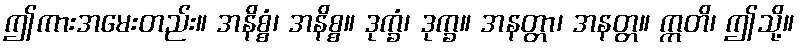
ဤကားအမေးတည်း။ အနိစ္စံ၊ အနိစ္စ။ ဒုက္ခံ၊ ဒုက္ခ။ အနတ္တာ၊ အနတ္တ။ ဣတိ၊ ဤသို့။